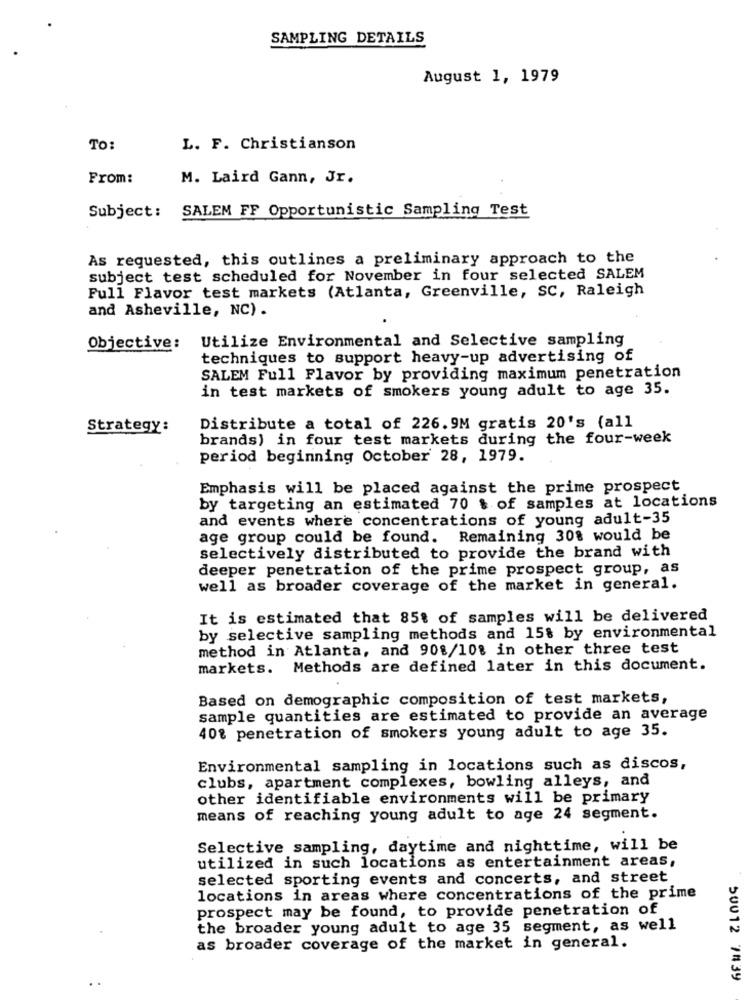
SAMPLING DETAILS
August 1, 1979
TO:
L. F. Christianson
From:
M. Laird Gann, Jr.
Subject: SALEM FF Opportunistic Sampling Test
As requested, this outlines a preliminary approach to the
subject test scheduled for November in four selected SALEM
Full Flavor test markets (Atlanta, Greenville, SC, Raleigh
and Asheville, NC) .
Objective: Utilize Environmental and Selective sampling
techniques to support heavy-up advertising of
SALEM Full Flavor by providing maximum penetration
in test markets of smokers young adult to age 35.
Strategy:
Distribute a total of 226.9M gratis 20's (all
brands) in four test markets during the four-week
period beginning October 28, 1979.
Emphasis will be placed against the prime prospect
by targeting an estimated 70 $ of samples at locations
and events where concentrations of young adult-35
age group could be found. Remaining 30% would be
selectively distributed to provide the brand with
deeper penetration of the prime prospect group, as
well as broader coverage of the market in general.
It is estimated that 85% of samples will be delivered
by selective sampling methods and 15% by environmental
method in Atlanta, and 908/10% in other three test
markets. Methods are defined later in this document.
Based on demographic composition of test markets,
sample quantities are estimated to provide an average
40% penetration of smokers young adult to age 35.
Environmental sampling in locations such as discos,
clubs, apartment complexes, bowling alleys, and
other identifiable environments will be primary
means of reaching young adult to age 24 segment.
Selective sampling, daytime and nighttime, will be
utilized in such locations as entertainment areas,
selected sporting events and concerts, and street
locations in areas where concentrations of the prime
prospect may be found, to provide penetration of
the broader young adult to age 35 segment, as well
as broader coverage of the market in general.
50012 7439